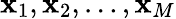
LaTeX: \mathbf{x}_{1},\mathbf{x}_{2},\ldots,\mathbf{x}_{M}